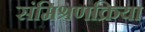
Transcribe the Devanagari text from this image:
संमिश्रणक्रिया